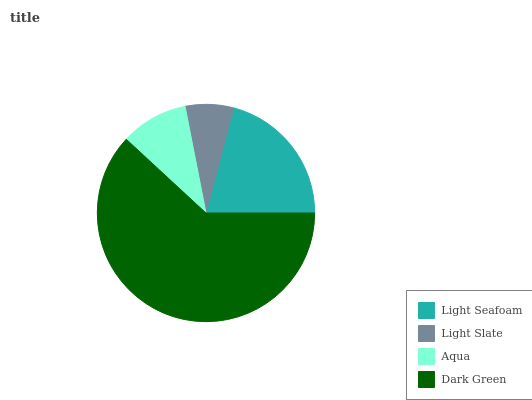
| Light Seafoam | Light Slate | Aqua | Dark Green |
 | --- | --- | --- | --- |
 | 20.9% | 7.18% | 10% | 61.9% |